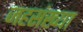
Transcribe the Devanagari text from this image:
जहसंख्या